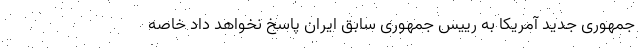
جمهوری جدید آمریکا به رییس جمهوری سابق ایران پاسخ نخواهد داد خاصه